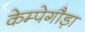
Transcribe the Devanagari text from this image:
केम्पेगौड़ा